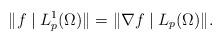
LaTeX: \begin{align*}\|f\mid L^1_p(\Omega)\|=\|\nabla f\mid L_p(\Omega)\|.\end{align*}